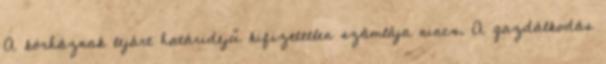
A kórháznak lejárt határidejű kifizetetlen számlája nincs. A gazdálkodás